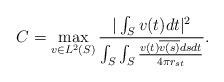
LaTeX: \begin{align*}C = \max_{v \in L^2(S)}\frac{|\int_{S}v(t)dt|^2}{\int_{S}\int_{S}\frac{v(t)\overline{v(s)}dsdt}{4\pi r_{st}}}.\end{align*}